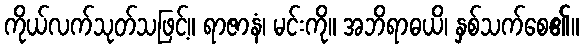
ကိုယ်လက်သုတ်သဖြင့်။ ရာဇာနံ၊ မင်းကို။ အဘိရာဓယိ၊ နှစ်သက်စေ၏။